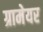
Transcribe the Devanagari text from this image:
ग्रामेयर